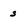
Character: 3